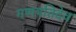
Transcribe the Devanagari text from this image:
गणपतिदेव